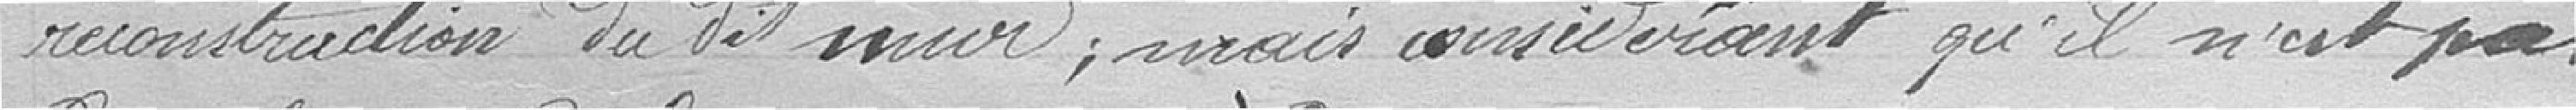
reconstruction dudit mur, mais considérant qu'il n'est pas